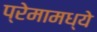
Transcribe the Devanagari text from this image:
प्रेमामध्ये